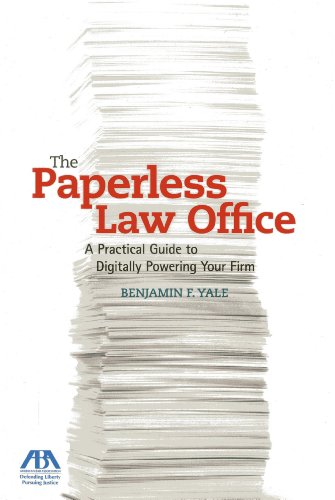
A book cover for The Paperless Law Office: A Practical Guide to Digitally Powering Your Firm; Benjamin F. Yale; Law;